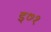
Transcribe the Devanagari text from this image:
इ७१